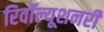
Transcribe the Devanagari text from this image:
रिवॉल्यूशनरी